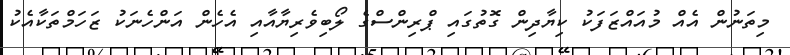
މިތަނުން އެއް މުއައްޒަފަކު ކިޔާދިން ގޮތުގައި ޕްރިންސްގެ ލޯބިވެރިޔާއާއި އެހެން އަންހެނަކު ޒަހަމްތަކާއެކު